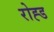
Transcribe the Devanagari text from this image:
रोह्ड